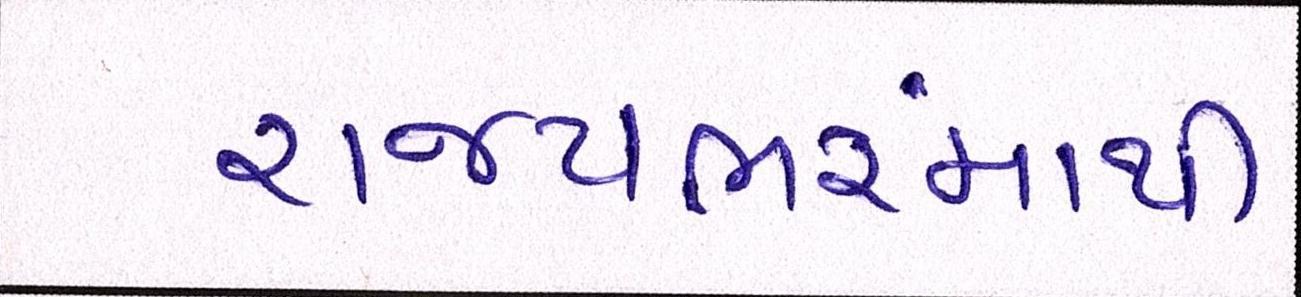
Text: રાજયભરમાંથી